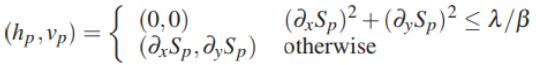
\[(h_p, v_p)= \begin{cases}
(0,0) & (\partial_x S_p)^2+(\partial_y S_p)^2 \leq \lambda/\beta \\
(\partial_x S_p,\partial_y S_p) & \text{otherwise}
\end{cases}\]